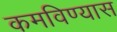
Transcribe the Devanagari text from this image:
कमविण्यास